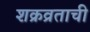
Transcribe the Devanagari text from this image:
शक्रव्रताची